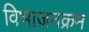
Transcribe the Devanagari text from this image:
विभाजनक्रम